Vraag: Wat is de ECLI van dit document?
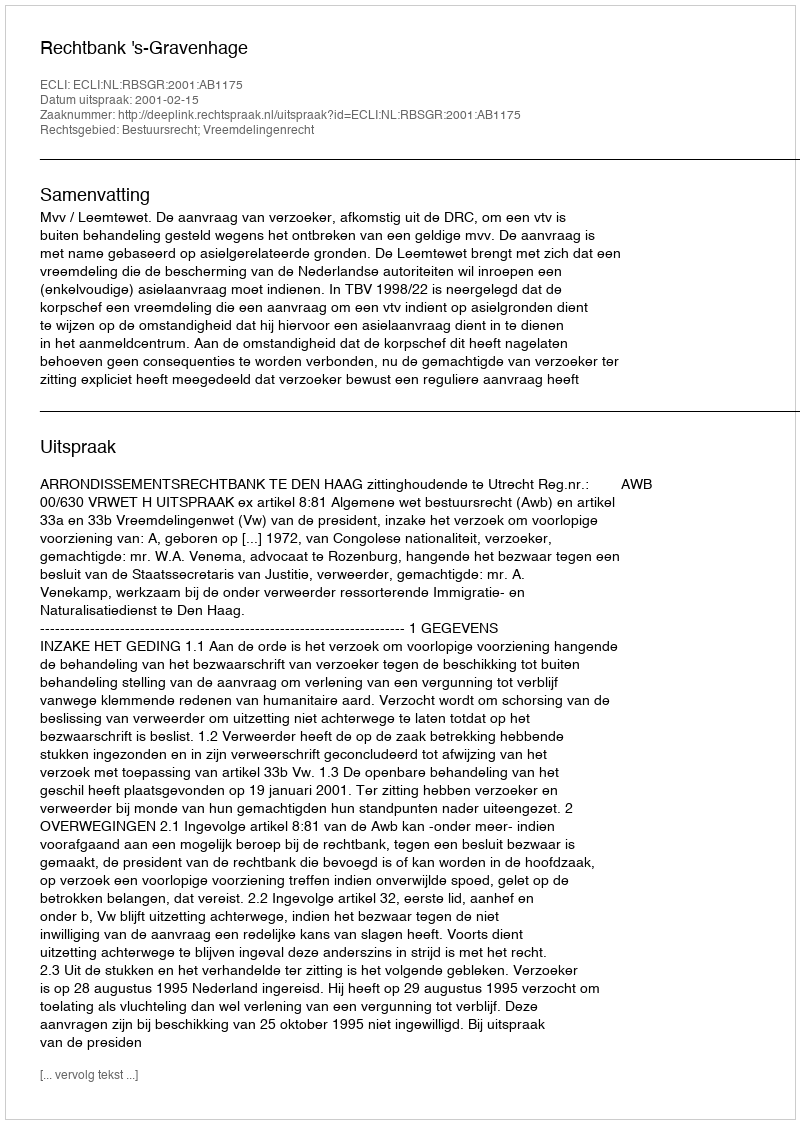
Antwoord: ECLI:NL:RBSGR:2001:AB1175